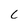
Character: c